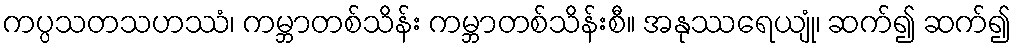
ကပ္ပသတသဟဿံ၊ ကမ္ဘာတစ်သိန်း ကမ္ဘာတစ်သိန်းစီ။ အနုဿရေယျုံ၊ ဆက်၍ ဆက်၍